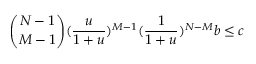
\binom { N - 1 } { M - 1 } ( \frac { u } { 1 + u } ) ^ { M - 1 } ( \frac { 1 } { 1 + u } ) ^ { N - M } b \leq c